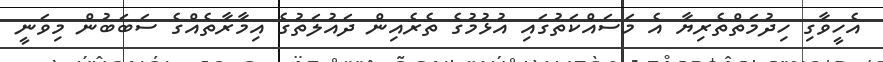
އެހީވާގި ހިދުމަތްތެރިޔާ އެ މަސައްކަތުގައި އުޅުމުގެ ތެރެއިން ދައުލަތުގެ އިމާރާތެއްގެ ސަބަބުން މިވަނީ